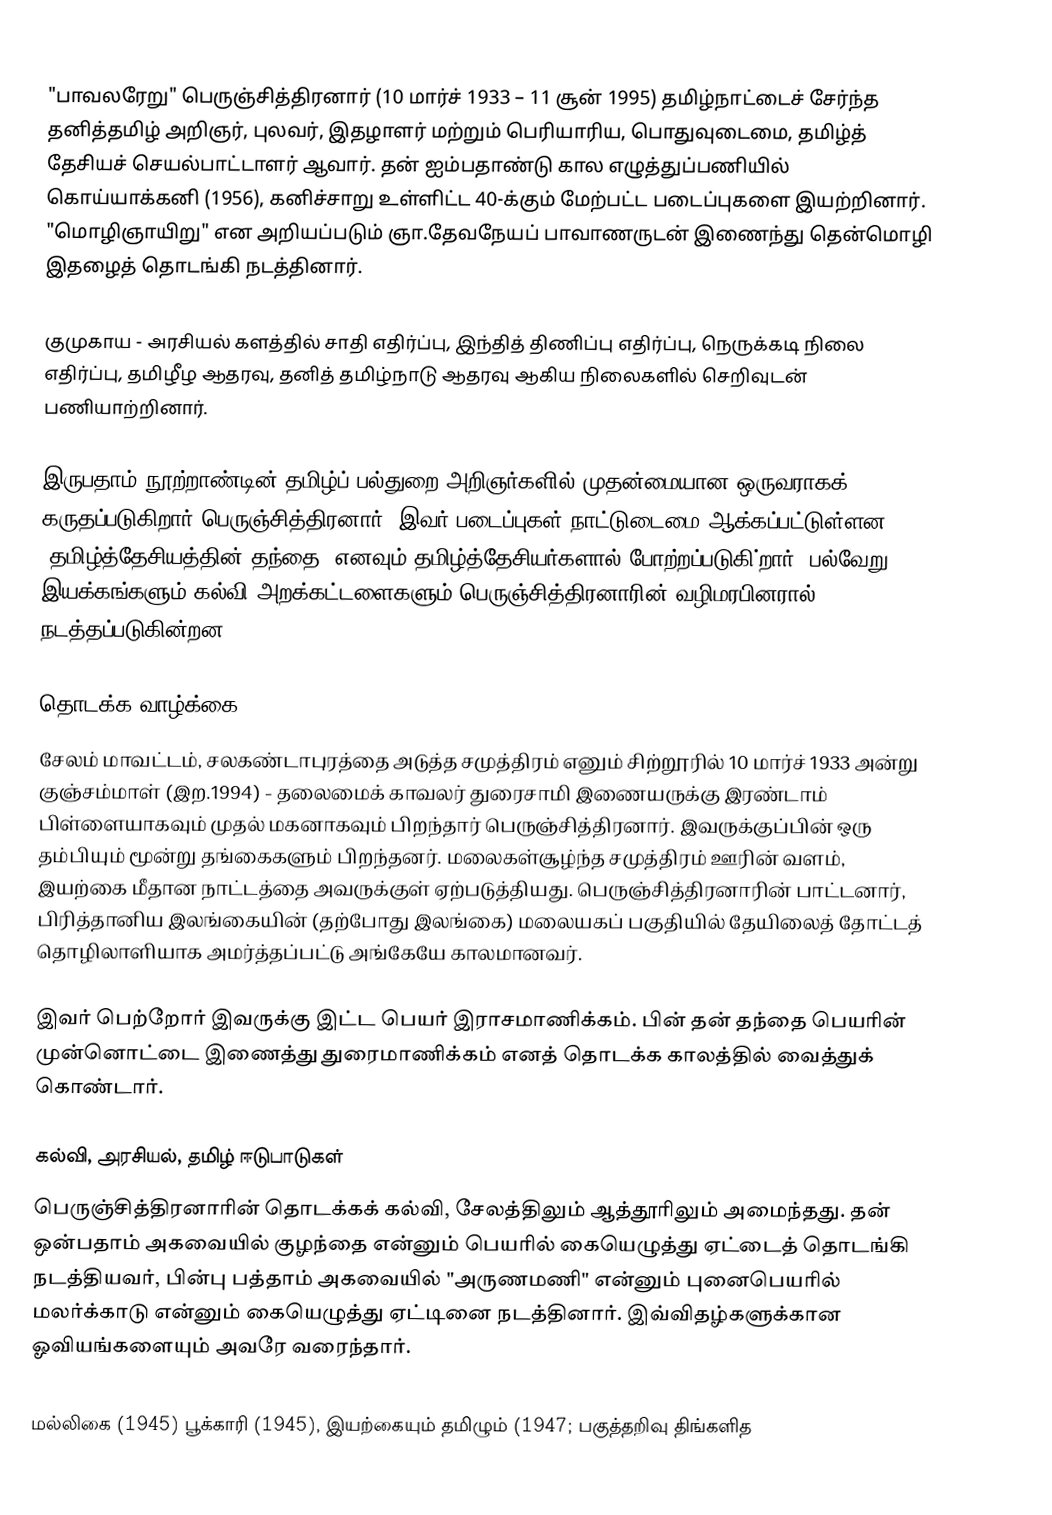
"பாவலரேறு" பெருஞ்சித்திரனார் (10 மார்ச் 1933 – 11 சூன் 1995) தமிழ்நாட்டைச் சேர்ந்த தனித்தமிழ் அறிஞர், புலவர், இதழாளர் மற்றும் பெரியாரிய, பொதுவுடைமை, தமிழ்த் தேசியச் செயல்பாட்டாளர் ஆவார். தன் ஐம்பதாண்டு கால எழுத்துப்பணியில்  கொய்யாக்கனி (1956), கனிச்சாறு உள்ளிட்ட 40-க்கும் மேற்பட்ட படைப்புகளை இயற்றினார். "மொழிஞாயிறு" என அறியப்படும்  ஞா.தேவநேயப் பாவாணருடன் இணைந்து தென்மொழி இதழைத் தொடங்கி நடத்தினார்.

குமுகாய - அரசியல் களத்தில் சாதி எதிர்ப்பு, இந்தித் திணிப்பு எதிர்ப்பு, நெருக்கடி நிலை எதிர்ப்பு, தமிழீழ ஆதரவு, தனித் தமிழ்நாடு ஆதரவு ஆகிய நிலைகளில் செறிவுடன் பணியாற்றினார்.

இருபதாம் நூற்றாண்டின் தமிழ்ப் பல்துறை அறிஞர்களில் முதன்மையான ஒருவராகக் கருதப்படுகிறார் பெருஞ்சித்திரனார்.  இவர் படைப்புகள் நாட்டுடைமை ஆக்கப்பட்டுள்ளன.   "தமிழ்த்தேசியத்தின் தந்தை" எனவும் தமிழ்த்தேசியர்களால் போற்றப்படுகி்றார். பல்வேறு இயக்கங்களும் கல்வி அறக்கட்டளைகளும் பெருஞ்சித்திரனாரின் வழிமரபினரால் நடத்தப்படுகின்றன.

தொடக்க வாழ்க்கை
சேலம் மாவட்டம், சலகண்டாபுரத்தை அடுத்த சமுத்திரம் எனும் சிற்றூரில் 10 மார்ச் 1933 அன்று  குஞ்சம்மாள் (இற.1994) -  தலைமைக் காவலர் துரைசாமி இணையருக்கு இரண்டாம் பிள்ளையாகவும் முதல் மகனாகவும் பிறந்தார் பெருஞ்சித்திரனார். இவருக்குப்பின் ஒரு தம்பியும் மூன்று தங்கைகளும் பிறந்தனர். மலைகள்சூழ்ந்த சமுத்திரம் ஊரின் வளம், இயற்கை மீதான நாட்டத்தை அவருக்குள் ஏற்படுத்தியது. பெருஞ்சித்திரனாரின் பாட்டனார், பிரித்தானிய இலங்கையின் (தற்போது இலங்கை)  மலையகப் பகுதியில் தேயிலைத் தோட்டத் தொழிலாளியாக அமர்த்தப்பட்டு அங்கேயே காலமானவர்.

இவர் பெற்றோர் இவருக்கு இட்ட பெயர் இராசமாணிக்கம். பின் தன் தந்தை பெயரின் முன்னொட்டை இணைத்து துரைமாணிக்கம் எனத் தொடக்க காலத்தில் வைத்துக் கொண்டார்.

கல்வி, அரசியல், தமிழ் ஈடுபாடுகள்
பெருஞ்சித்திரனாரின் தொடக்கக் கல்வி, சேலத்திலும் ஆத்தூரிலும் அமைந்தது. தன் ஒன்பதாம் அகவையில் குழந்தை என்னும் பெயரில் கையெழுத்து ஏட்டைத் தொடங்கி நடத்தியவர், பின்பு பத்தாம் அகவையில் "அருணமணி" என்னும் புனைபெயரில் மலர்க்காடு என்னும் கையெழுத்து ஏட்டினை நடத்தினார். இவ்விதழ்களுக்கான ஓவியங்களையும் அவரே வரைந்தார்.

மல்லிகை (1945) பூக்காரி (1945), இயற்கையும் தமிழும் (1947; பகுத்தறிவு திங்களித